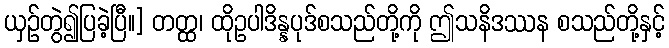
ယှဉ်တွဲ၍ပြခဲ့ပြီ။] တတ္ထ၊ ထိုဥပါဒိန္နပုဒ်စသည်တို့ကို ဤသနိဒဿန စသည်တို့နှင့်